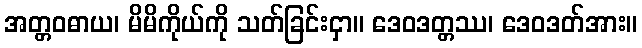
အတ္တဝဓာယ၊ မိမိကိုယ်ကို သတ်ခြင်းငှာ။ ဒေဝဒတ္တဿ၊ ဒေဝဒတ်အား။